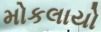
મોકલાયો